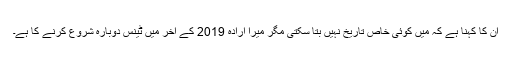
ان کا کہنا ہے کہ میں کوئی خاص تاریخ نہیں بتا سکتی مگر میرا ارادہ 2019 کے آخر میں ٹینس دوبارہ شروع کرنے کا ہے۔